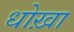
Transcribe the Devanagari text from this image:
धोख़ा